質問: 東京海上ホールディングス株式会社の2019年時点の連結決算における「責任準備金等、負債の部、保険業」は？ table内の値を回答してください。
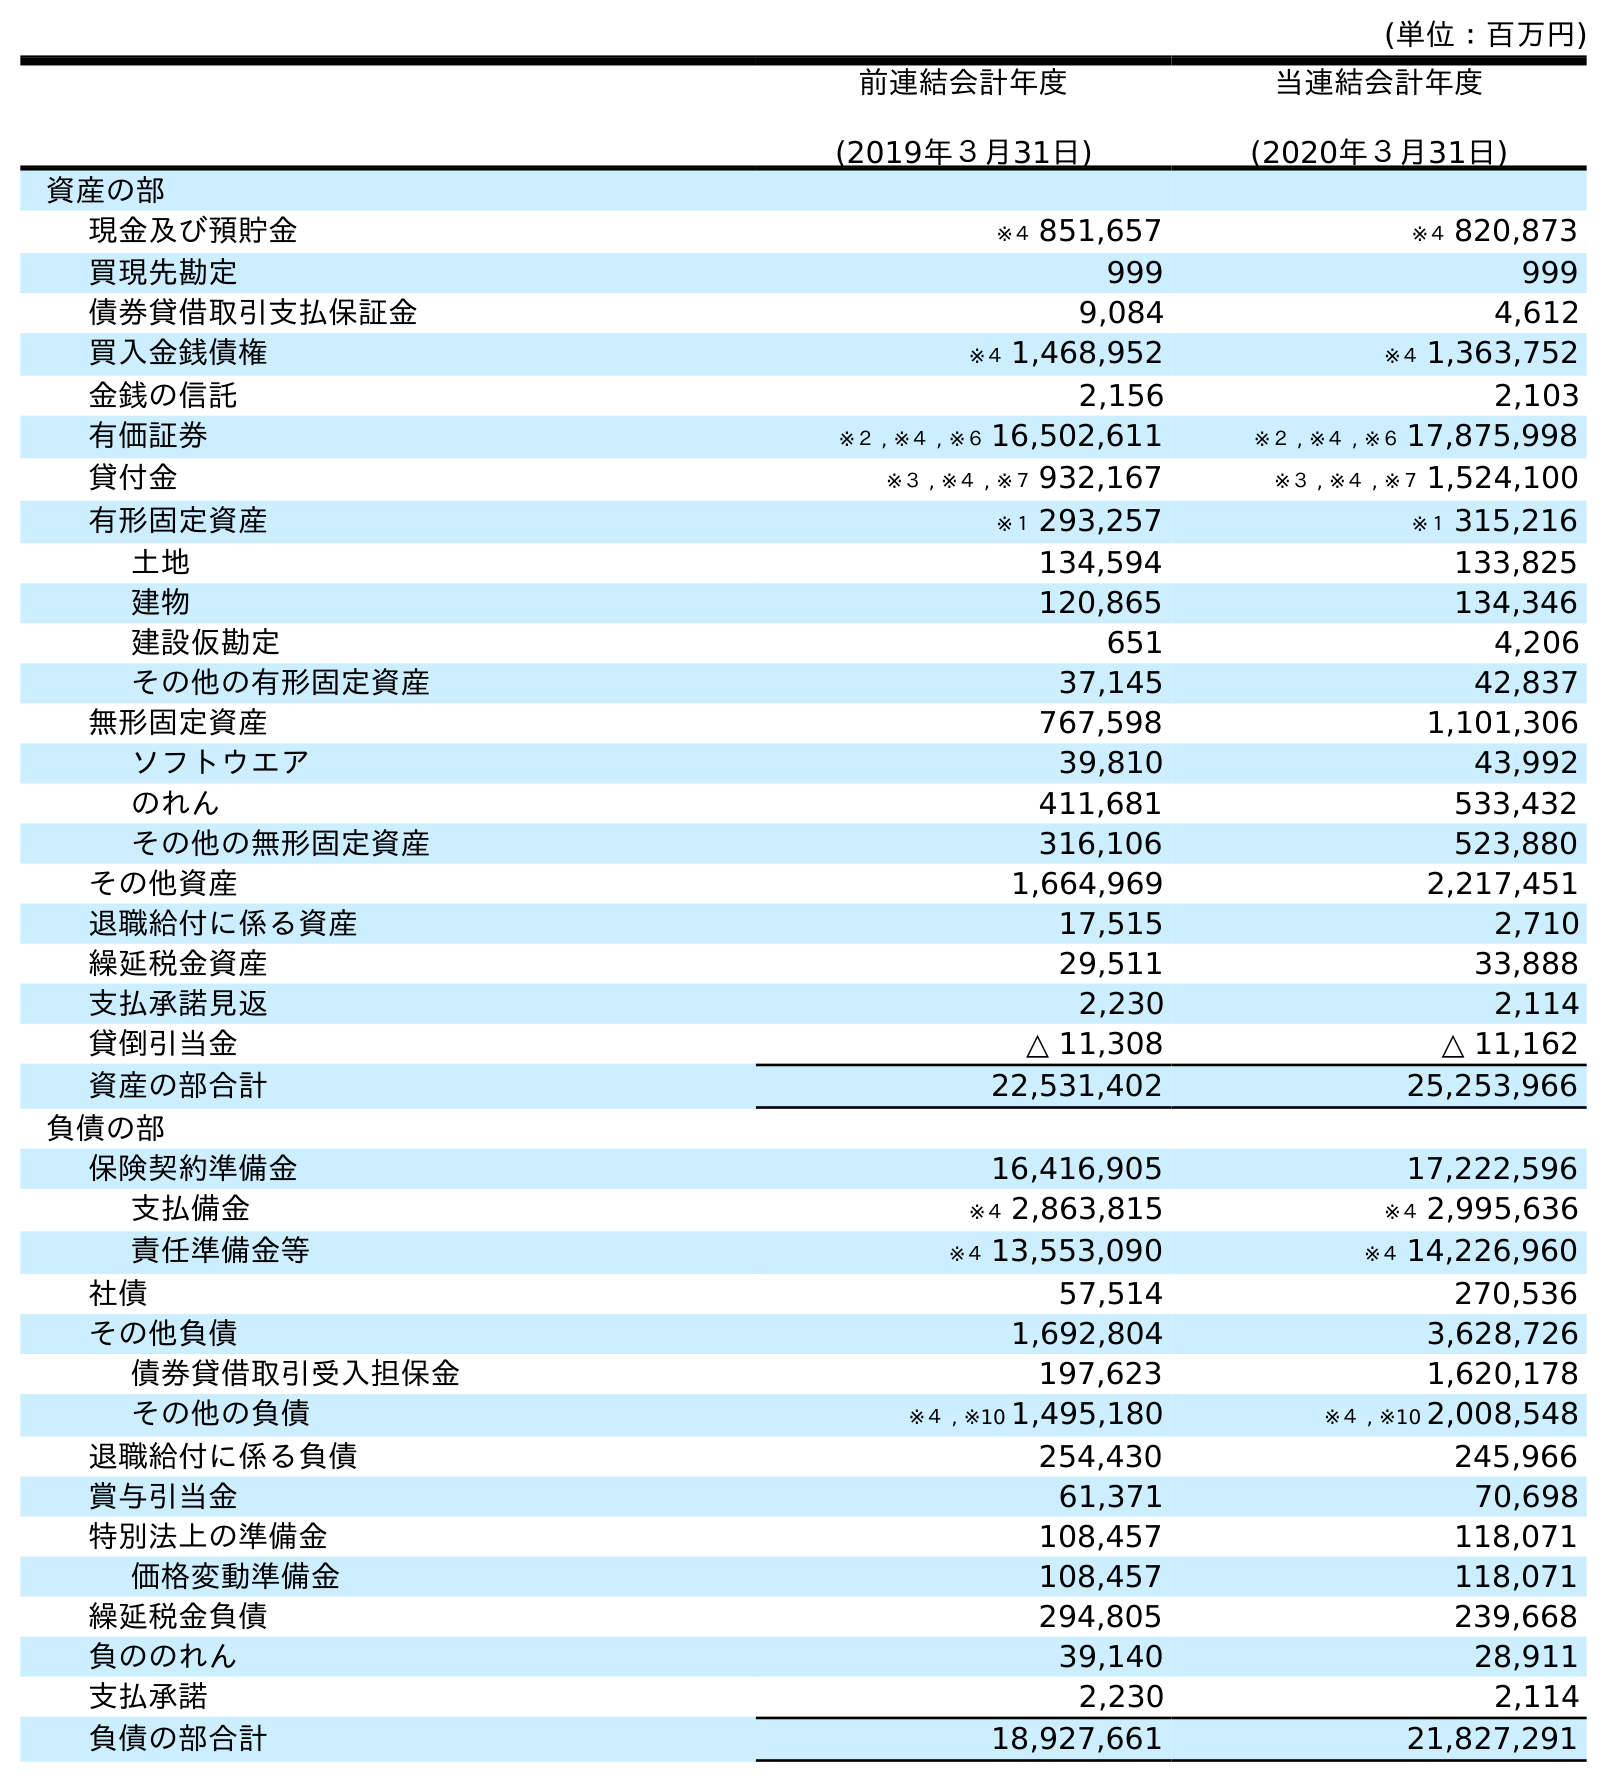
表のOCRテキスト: (単位：百万円) 前連結会計年度 (2019年３月31日) 当連結会計年度 (2020年３月31日) 資産の部 現金及び預貯金 ※４ 851,657 ※４ 820,873 買現先勘定 999 999 債券貸借取引支払保証金 9,084 4,612 買入金銭債権 ※４ 1,468,952 ※４ 1,363,752 金銭の信託 2,156 2,103 有価証券 ※２ , ※４ , ※６ 16,502,611 ※２ , ※４ , ※６ 17,875,998 貸付金 ※３ , ※４ , ※７ 932,167 ※３ , ※４ , ※７ 1,524,100 有形固定資産 ※１ 293,257 ※１ 315,216 土地 134,594 133,825 建物 120,865 134,346 建設仮勘定 651 4,206 その他の有形固定資産 37,145 42,837 無形固定資産 767,598 1,101,306 ソフトウエア 39,810 43,992 のれん 411,681 533,432 その他の無形固定資産 316,106 523,880 その他資産 1,664,969 2,217,451 退職給付に係る資産 17,515 2,710 繰延税金資産 29,511 33,888 支払承諾見返 2,230 2,114 貸倒引当金 △ 11,308 △ 11,162 資産の部合計 22,531,402 25,253,966 負債の部 保険契約準備金 16,416,905 17,222,596 支払備金 ※４ 2,863,815 ※４ 2,995,636 責任準備金等 ※４ 13,553,090 ※４ 14,226,960 社債 57,514 270,536 その他負債 1,692,804 3,628,726 債券貸借取引受入担保金 197,623 1,620,178 その他の負債 ※４ , ※10 1,495,180 ※４ , ※10 2,008,548 退職給付に係る負債 254,430 245,966 賞与引当金 61,371 70,698 特別法上の準備金 108,457 118,071 価格変動準備金 108,457 118,071 繰延税金負債 294,805 239,668 負ののれん 39,140 28,911 支払承諾 2,230 2,114 負債の部合計 18,927,661 21,827,291
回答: ※４13,553,090